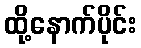
ထို့နောက်ပိုင်း